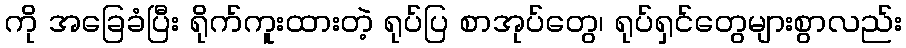
ကို အခြေခံပြီး ရိုက်ကူးထားတဲ့ ရုပ်ပြ စာအုပ်တွေ၊ ရုပ်ရှင်တွေများစွာလည်း